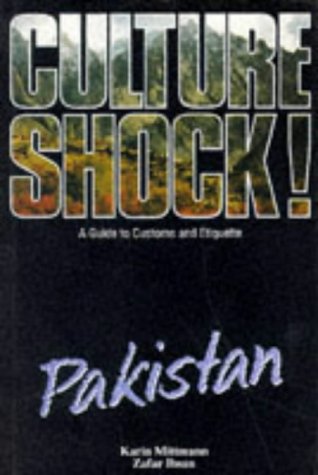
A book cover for Culture Shock! Pakistan: A Guide to Customs and Etiquette; Zafar Ihsan; Travel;